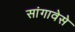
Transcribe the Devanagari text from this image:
सांगावेसे